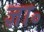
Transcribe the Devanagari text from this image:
ज्ञा॰